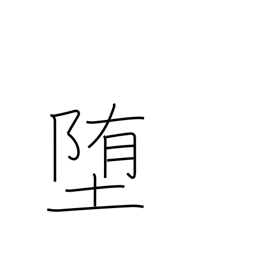
Meaning: lapse into